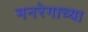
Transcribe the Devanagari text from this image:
मनरेगाच्या